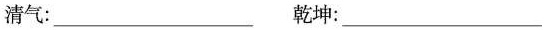
清气：___ 乾坤：___